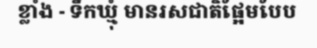
ខ្លាំង - ទឹកឃ្មុំ មានរសជាតិផ្អែមបែប